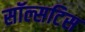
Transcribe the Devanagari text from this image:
सॉल्सटिस